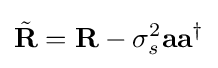
{\tilde {\mathbf {R} }}=\mathbf {R} -\sigma _{s}^{2}\mathbf {a} \mathbf {a} ^{\dagger }